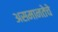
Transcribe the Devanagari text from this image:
असमानतेचे